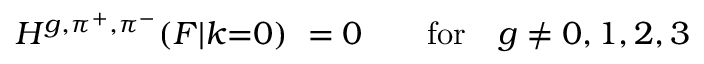
H ^ { g , \pi ^ { + } , \pi ^ { - } } ( F | k { = } 0 ) \ = 0 \qquad \mathrm { f o r } \quad g \neq 0 , 1 , 2 , 3